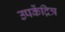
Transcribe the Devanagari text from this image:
उपकेंद्रित्र